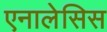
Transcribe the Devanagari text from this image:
एनालेसिस